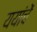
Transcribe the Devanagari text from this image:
ययांचें